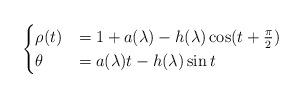
LaTeX: \begin{align*}\begin{cases}\rho (t)&= 1 + a(\lambda) -h(\lambda) \cos (t + \frac{\pi}{2}) \\\theta &= a(\lambda) t -h(\lambda) \sin t\end{cases}\end{align*}